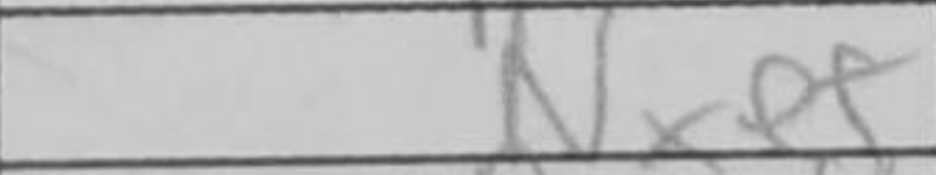
Transcription: Nxe5